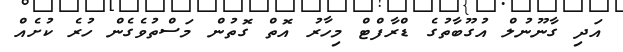
އަދި ގާނޫނުލް އުގޫބާތުގެ ޑްރާފްޓް މިހާރު އޮތް ގޮތުން މަސްތުވެގެން ހުރެ ކުށެއް